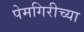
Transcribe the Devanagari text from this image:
पेमगिरीच्या